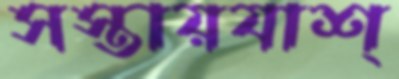
সস্তায়যাশ্